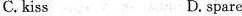
C. kiss D. spare